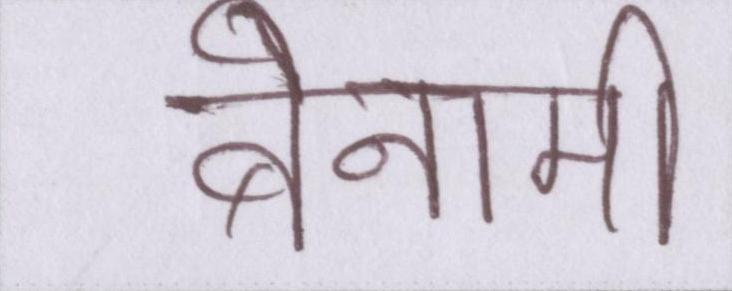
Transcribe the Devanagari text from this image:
बेनामी